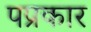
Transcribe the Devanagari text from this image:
पप्रकार